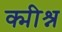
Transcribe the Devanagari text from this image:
क्मीश्न